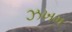
ઝખમ